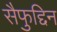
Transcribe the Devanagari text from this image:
सैफुद्दिन